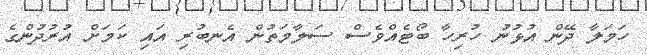
ހަމަލާ ދޭން އުޅުނު ހުރިހާ ބޯޓެއްވެސް ސަލާމަތުން އެނބުރި އައި ކަމަށް އުރުދުންގެ